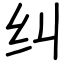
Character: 纠